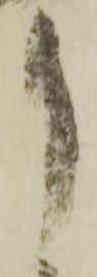
月